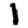
Digit: 1